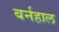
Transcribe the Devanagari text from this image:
बर्नहाल